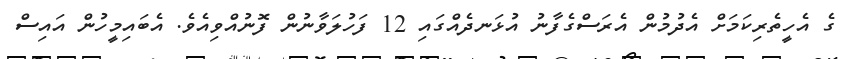
ގެ އެހީތެރިކަމަށް އެދުމުން އެރަސްގެފާނު އުޅަނދެއްގައި 12 ފަހުލަވާނުން ފޮނުއްވިއެވެ. އެބައިމީހުން އައިސް